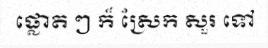
ផ្លោត ៗ ក៏ ស្រែក សួរ ទៅ